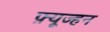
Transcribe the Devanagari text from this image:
फ़्यूज्हन